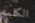
الكلمه